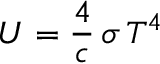
U = { \frac { 4 } { c } } \, \sigma \, T ^ { 4 }